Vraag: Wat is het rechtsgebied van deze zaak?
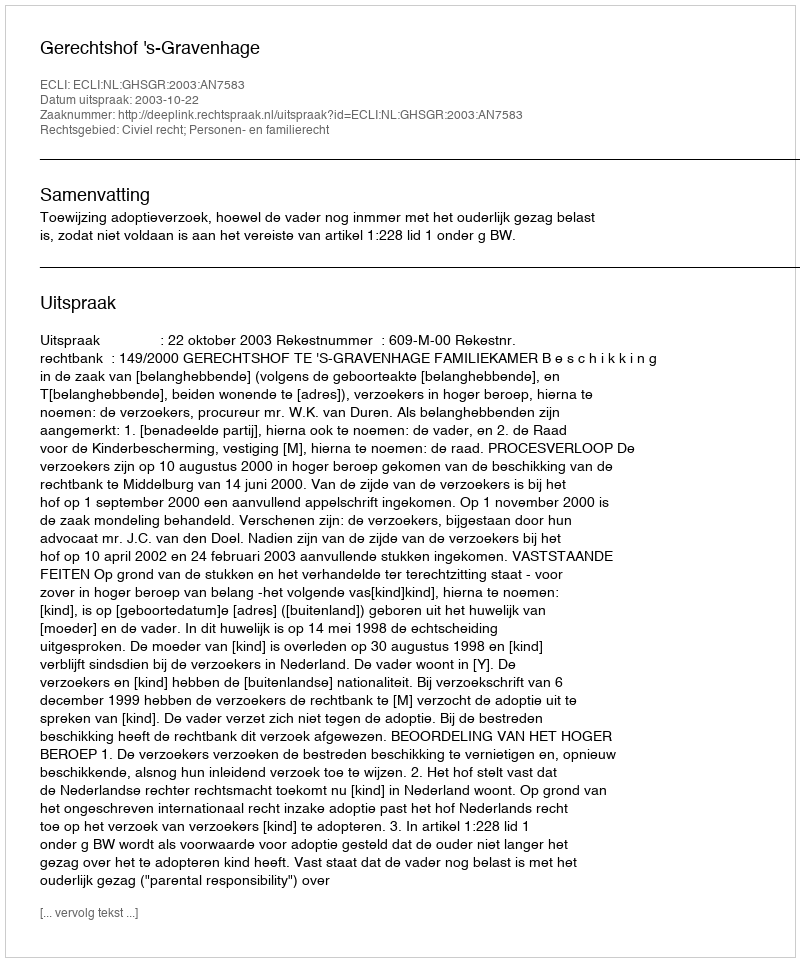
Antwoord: Civiel recht; Personen- en familierecht